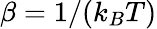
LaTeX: \beta=1/(k_{B}T)